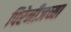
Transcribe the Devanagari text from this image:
पिरेनीजच्या